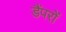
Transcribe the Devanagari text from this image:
डैंपरों